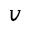
v